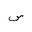
Letter: _sin